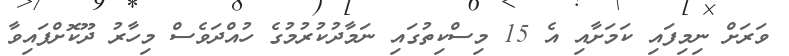
ވަރަށް ނިމިފައި ކަމަށާއި އެ 15 މިސްކިތުގައި ނަމާދުކުރުމުގެ ހުއްދަވެސް މިހާރު ދޫކޮށްފައިވާ